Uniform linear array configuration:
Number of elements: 32
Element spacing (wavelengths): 0.25
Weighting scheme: exponential
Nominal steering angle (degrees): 45
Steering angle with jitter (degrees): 44.016
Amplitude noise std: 0.05
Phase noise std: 0.05

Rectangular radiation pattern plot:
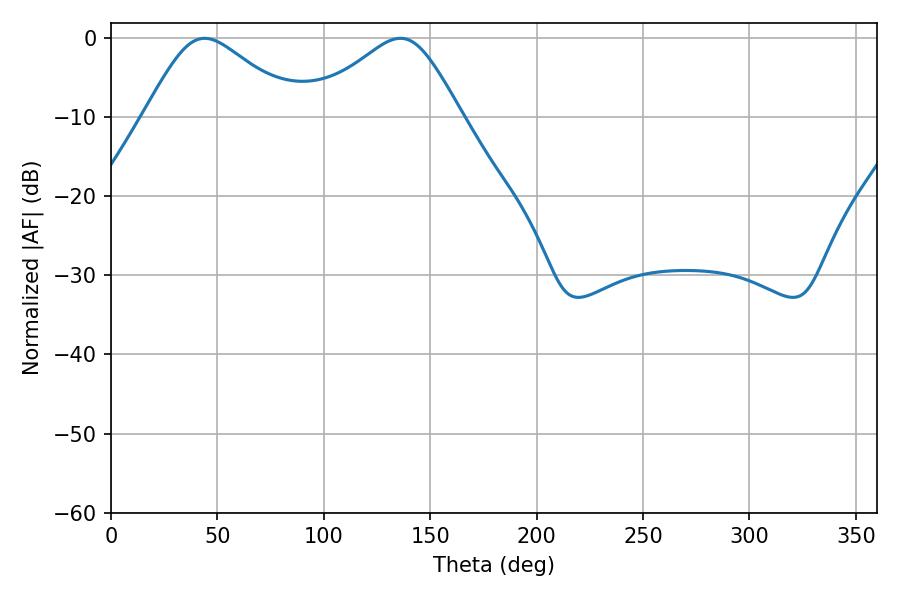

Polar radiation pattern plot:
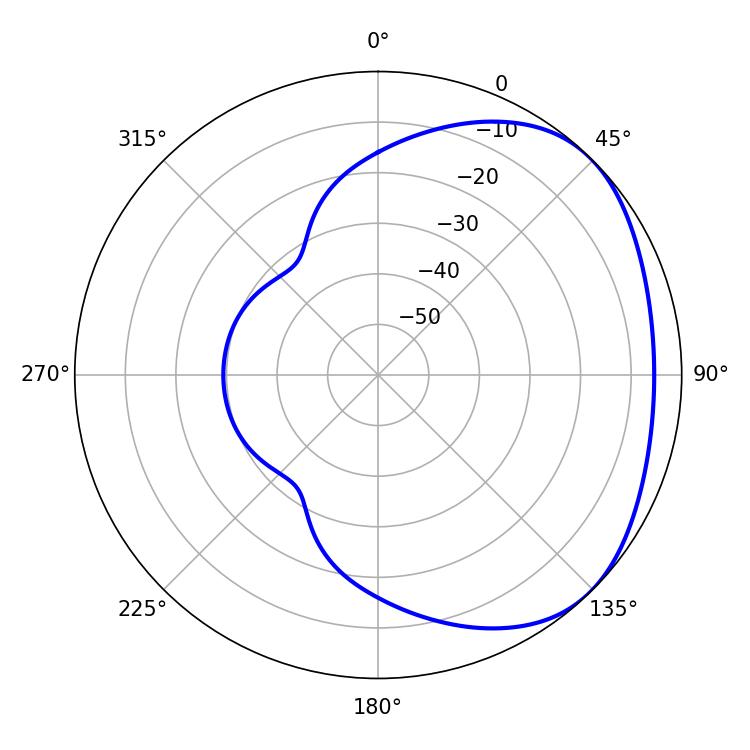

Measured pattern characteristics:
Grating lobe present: FALSE
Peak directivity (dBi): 2.801
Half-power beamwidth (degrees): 35.1
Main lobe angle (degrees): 43.92